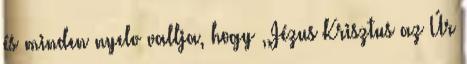
és minden nyelv vallja, hogy ,,Jézus Krisztus az Úr